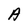
Character: A